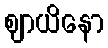
ဈာယိနော